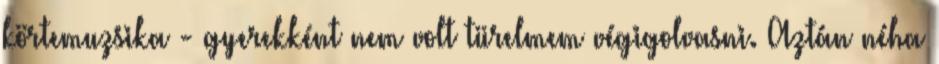
körtemuzsika - gyerekként nem volt türelmem végigolvasni. Aztán néha